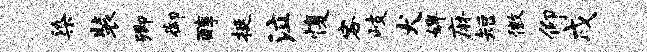
染装卿御醇挺泣愎客岐犬婢麻短徽仰戌